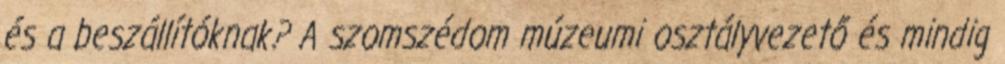
és a beszállítóknak? A szomszédom múzeumi osztályvezető és mindig